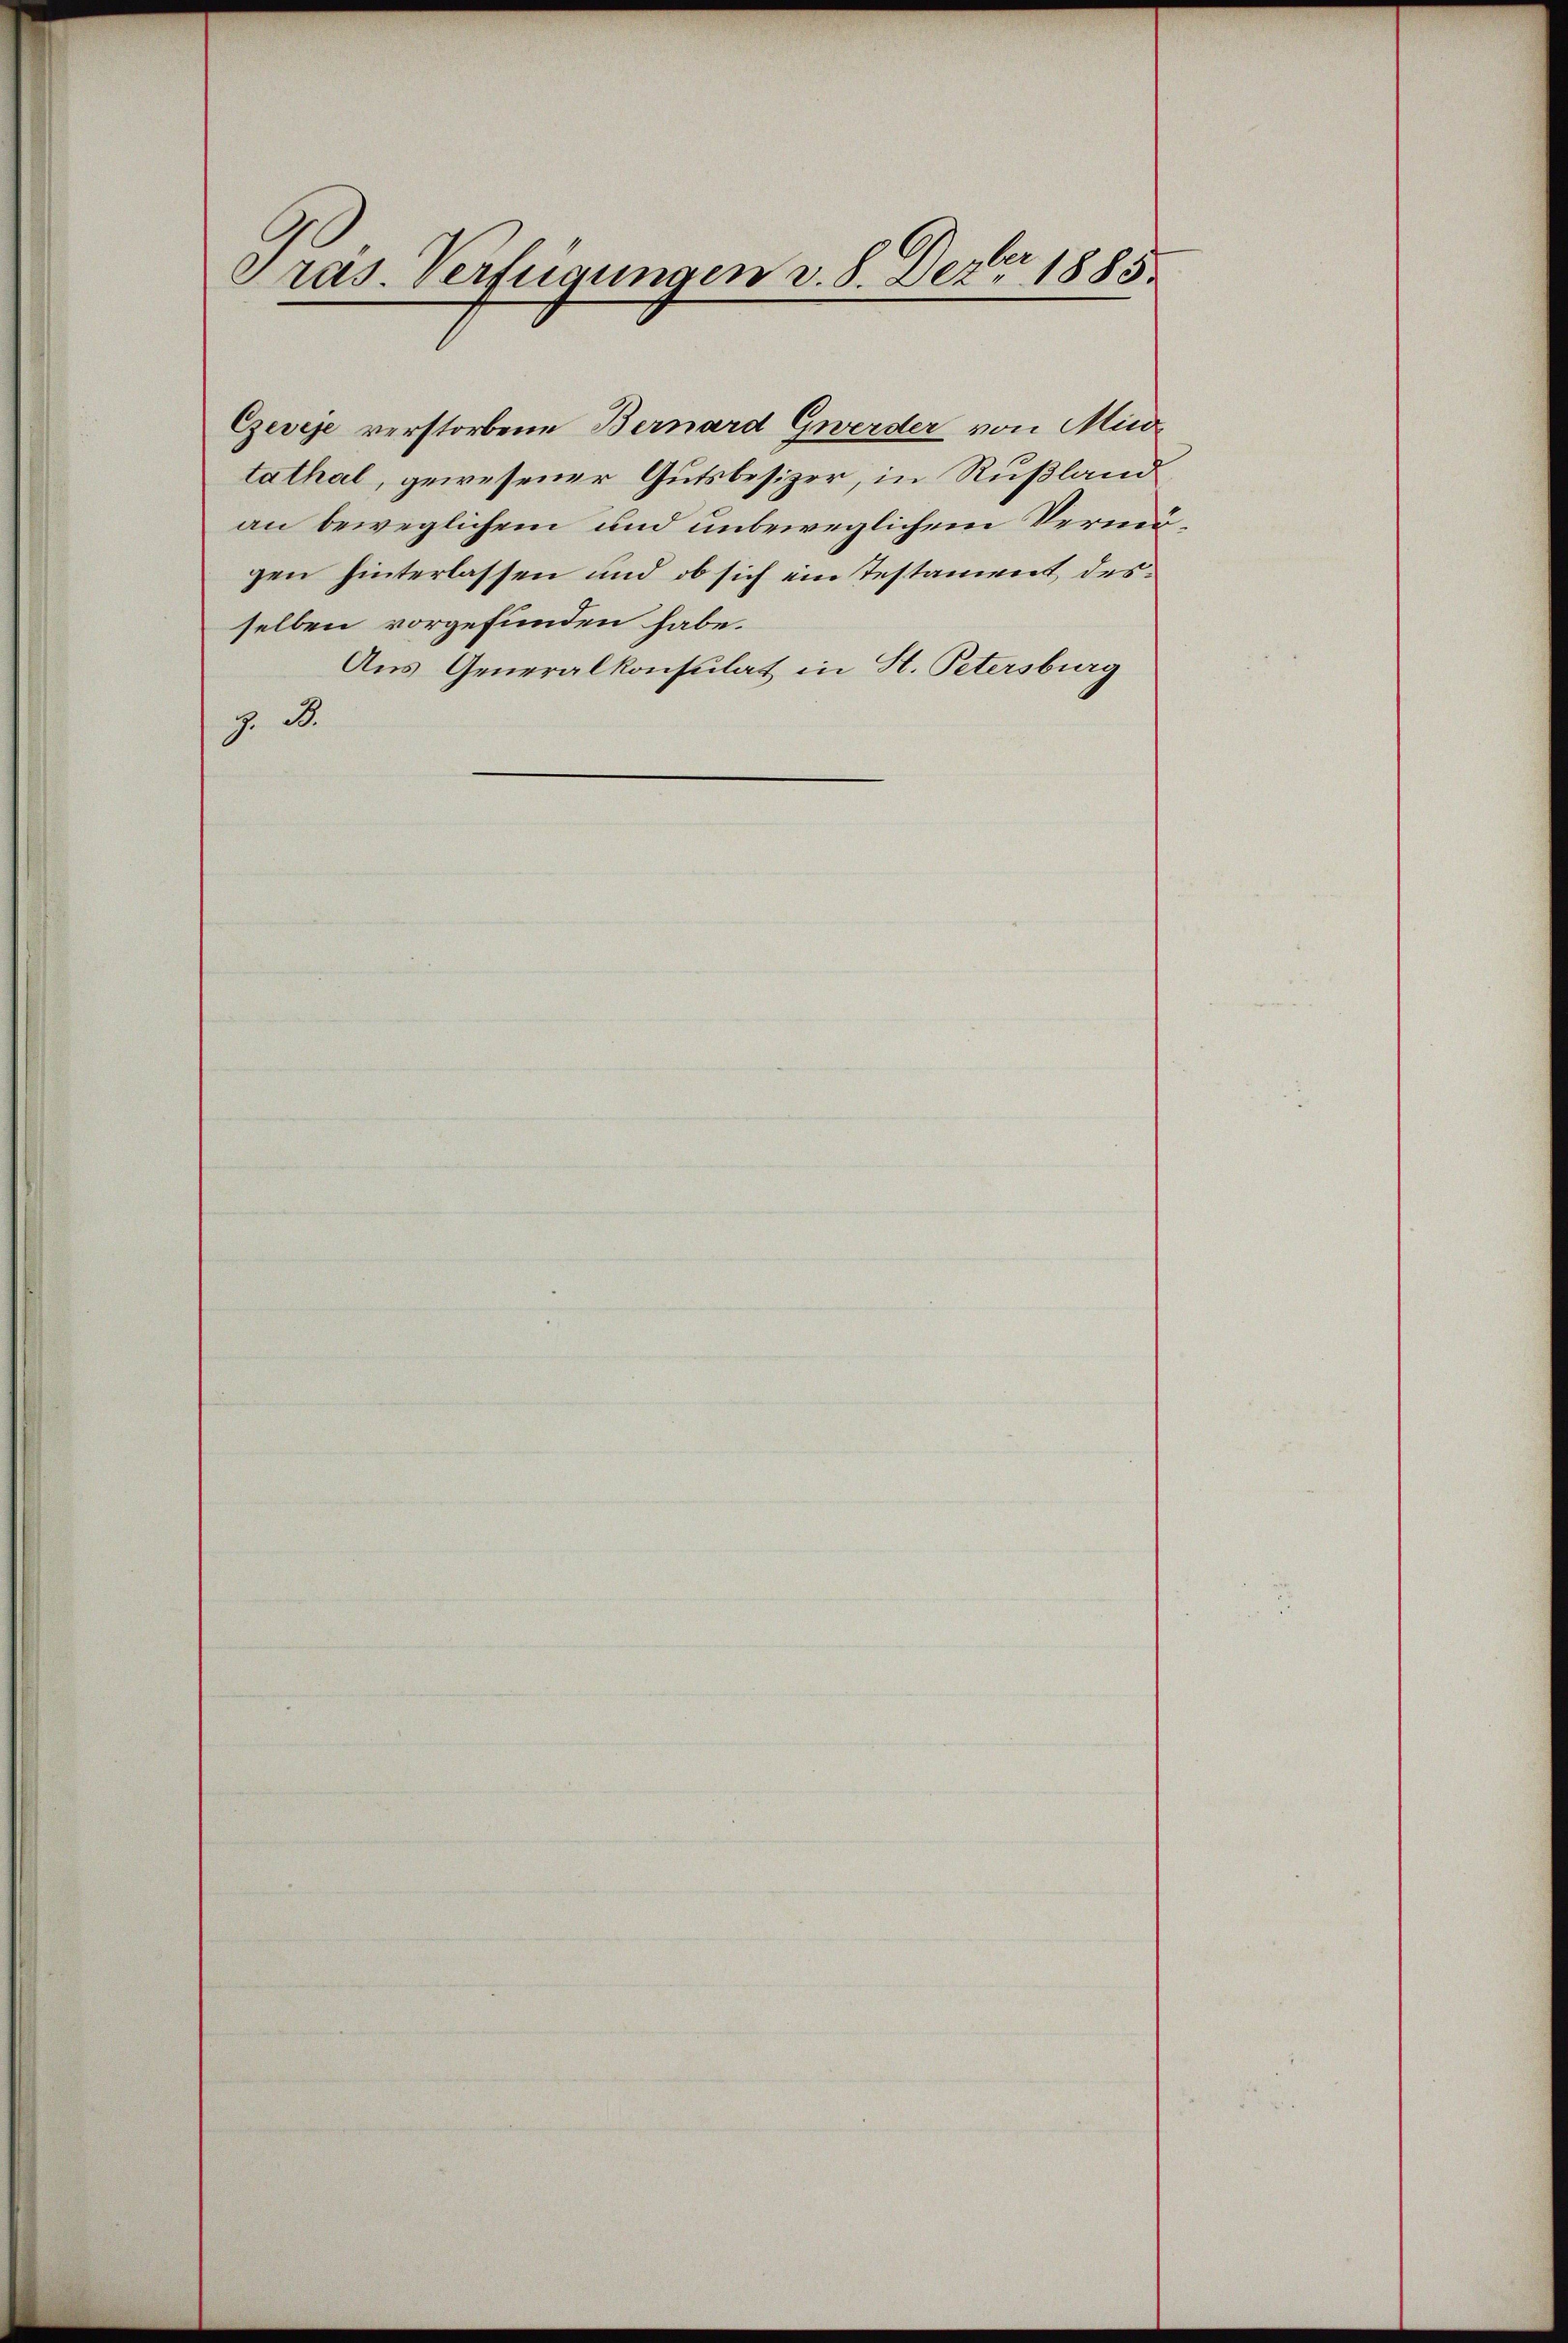
Pras. Verfügungen v. 8. Dezbr 1885

Ezeveje verstorbene Bernard Gwerder von Minde
tathal, gewesener Gutsbesizer, in Rußland
an beweglichem und unbeweglichem Vermögen hinterlassen und ob sich ein Testament desselben vorgefunden habe.
Aus Generalkonsulat in St. Petersburg
J. B.